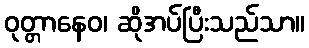
ဝုတ္တာနေဝ၊ ဆိုအပ်ပြီးသည်သာ။